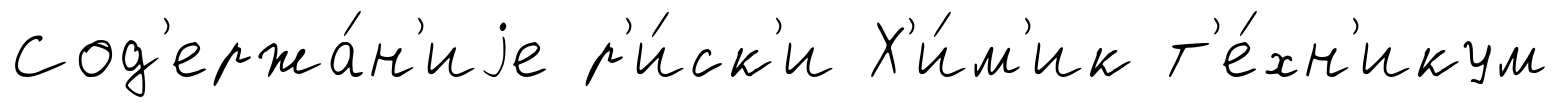
Сод'ержа́н'иjе р'и́ск'и Х'и́м'ик т'е́хн'икум